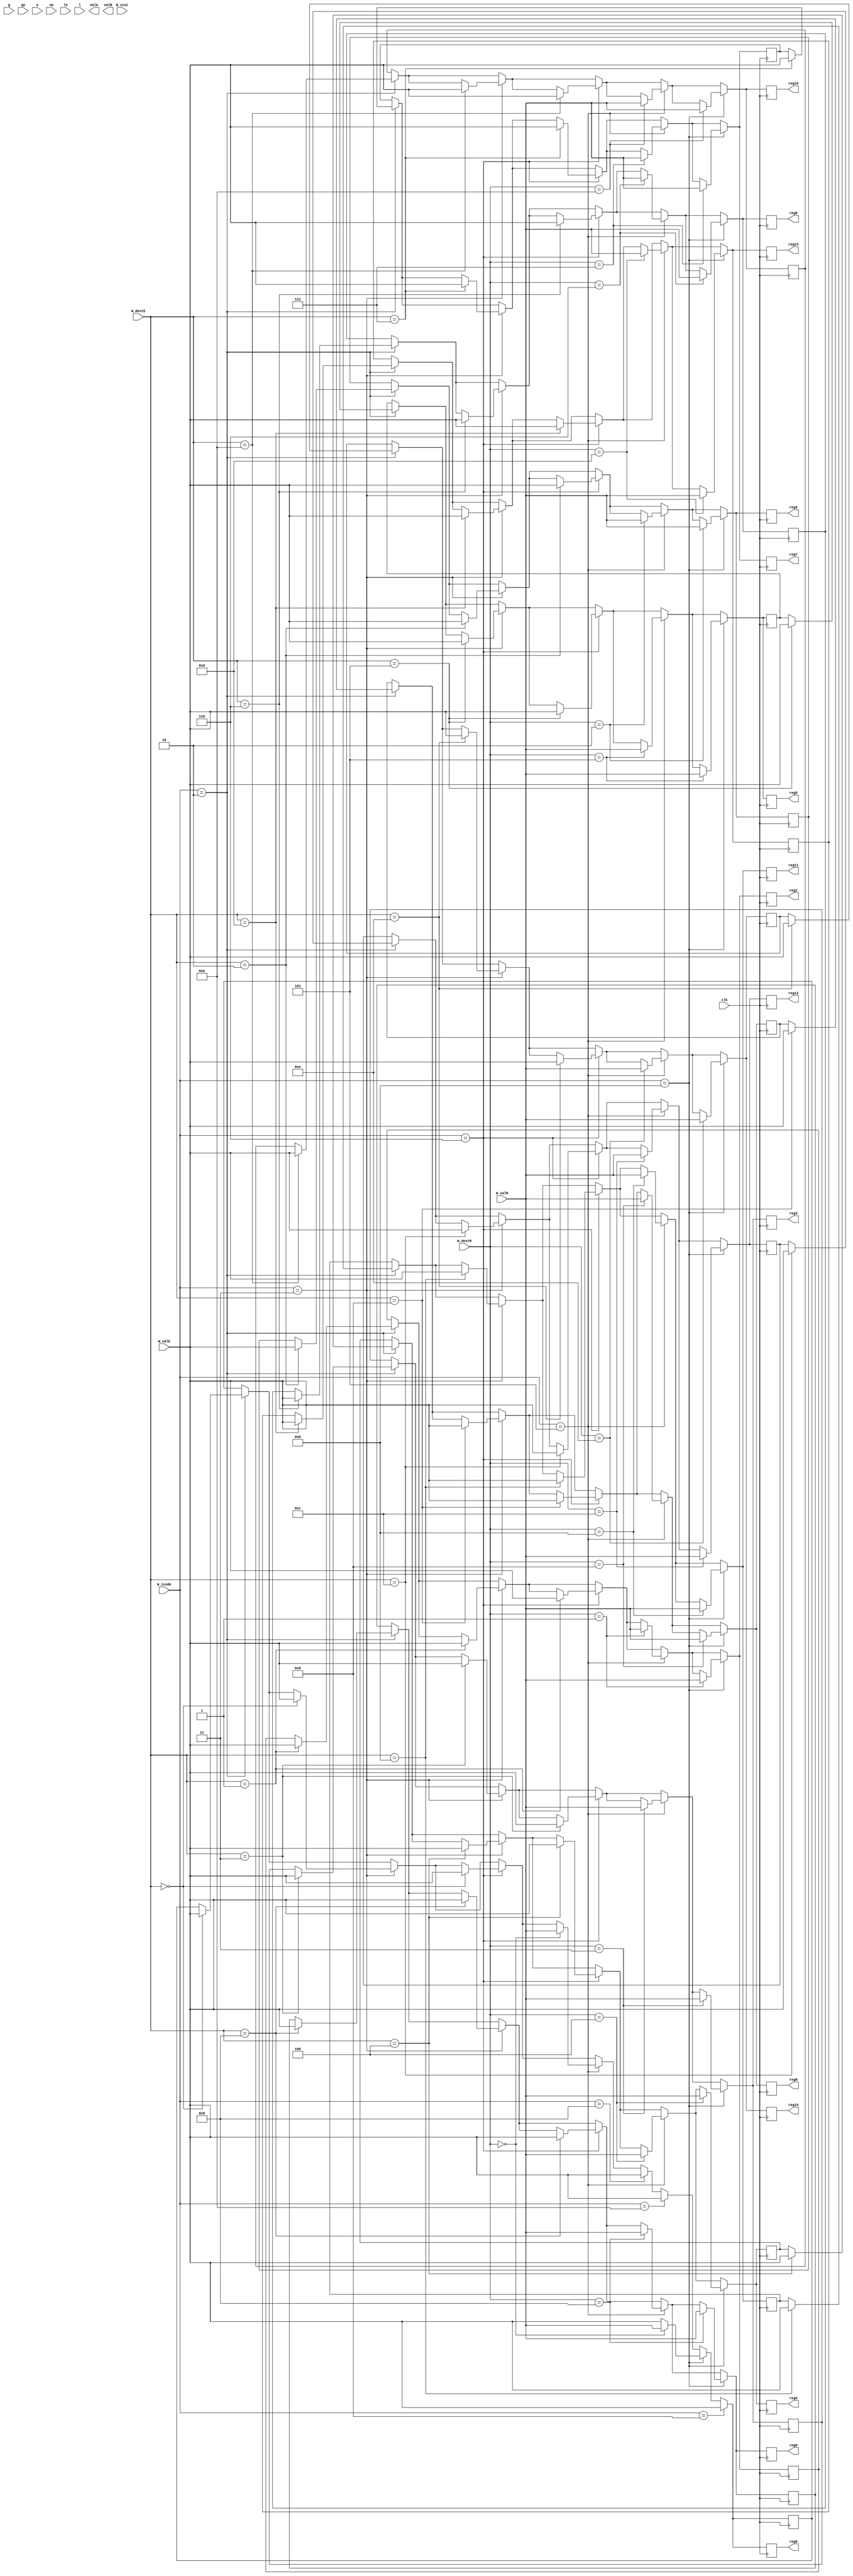
module writeback(
    input clk,                 
    input [3:0] W_icode, W_stat, W_destE, W_destM,
    input [63:0] W_valM, W_valE,
    input g,
    input ge,
    input e,
    input ne,
    input le, 
    input l,        
    output reg [63:0] reg0, reg1, reg2, reg3, reg4, reg5, reg6, reg7, reg8, reg9, reg10, reg11, reg12, reg13, reg14,
    output reg [63:0] valA,
    output reg [63:0] valB
);
    
    reg [63:0] registers [0:14];

        integer i;
        initial begin
            for(i = 0; i <= 14; i=i+1) 
            begin
                registers[i] = 0;
            end
        end 

    reg [63:0] address;
    reg stack_pointer;

    always @(posedge clk)
    begin
        
        if (W_icode == 4'b0010)
        begin
            address = W_destE;
            registers[address] = W_valE;
        end
        if (W_icode == 4'b0011) 
        begin
            address = W_destE;
            registers[address] = W_valE;
        end
        if (W_icode == 4'b0110)
        begin
            address = W_destE;
            registers[address] = W_valE;
        end
        if (W_icode == 4'b0101)
        begin
            address = W_destM;
            registers[address] = W_valM;
        end
        if (W_icode == 4'b1001)
        begin
            stack_pointer = 4;
            registers[stack_pointer] = W_valE;
        end
        if (W_icode == 4'b1010)
        begin
            stack_pointer = 4;
            registers[stack_pointer] = W_valE;
        end
        if (W_icode == 4'b1011)
        begin
            stack_pointer = 4;
            registers[stack_pointer] = W_valE;
            registers[W_destM] = W_valM;
        end
        if (W_icode == 4'b1000)
        begin
            stack_pointer = 4;
            registers[stack_pointer] = W_valE;
        end

        reg0 = registers[0];
        reg1 = registers[1];
        reg2 = registers[2];
        reg3 = registers[3];
        reg4 = registers[4];
        reg5 = registers[5];
        reg6 = registers[6];
        reg7 = registers[7];
        reg8 = registers[8];
        reg9 = registers[9];
        reg10 = registers[10];
        reg11 = registers[11];
        reg12 = registers[12];
        reg13 = registers[13];
        reg14 = registers[14];
    end

endmodule